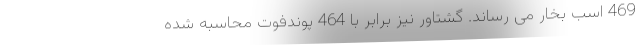
469 اسب بخار می رساند. گشتاور نیز برابر با 464 پوندفوت محاسبه شده